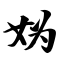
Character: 妫